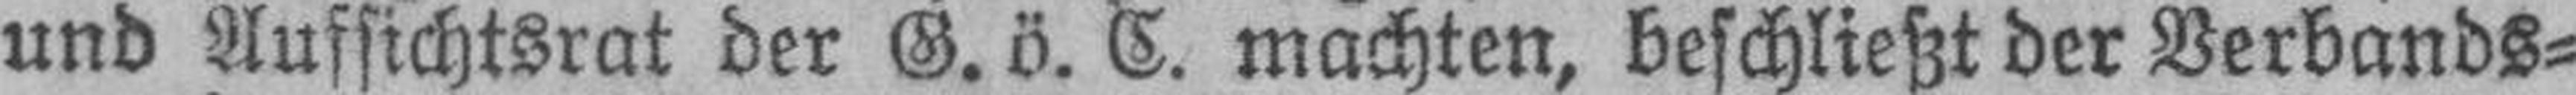
und Aufsichtsrat der G. ö. C. machten, beschließt der Verbands¬